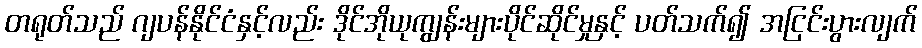
တရုတ်သည် ဂျပန်နိုင်ငံနှင့်လည်း ဒိုင်အိုယုကျွန်းများပိုင်ဆိုင်မှုနှင့် ပတ်သက်၍ အငြင်းပွားလျက်